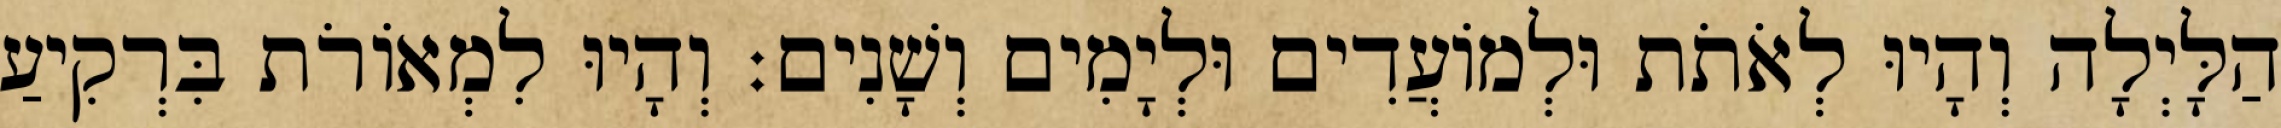
הַלָּיְלָה וְהָיוּ לְאֹתֹת וּלְמֹועֲדִים וּלְיָמִים וְשָׁנִים׃ וְהָיוּ לִמְאֹורֹת בִּרְקִיעַ